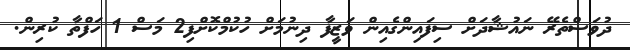
ދުވަސްތެރޭ ނައުޝާދަށް ސިފައިންގެއިން ވަޒީފާ ދިނުމަށް ހުކުމްކޮށްފި2 މަސް 1 ހަފްތާ ކުރިން.